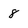
Character: 8